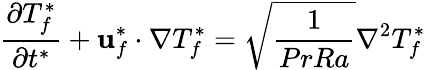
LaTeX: \frac{\partial T_{f}^{*}}{\partial t^{*}}+\mathbf{u}_{f}^{*}\cdot\nabla T_{f}^{*}=\sqrt{\frac{1}{PrRa}}\nabla^{2}T_{f}^{*}